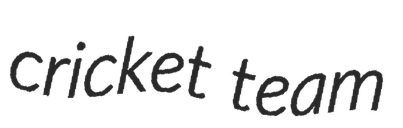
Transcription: cricket team